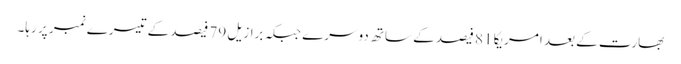
بھارت کے بعد امریکا 81 فیصد کے ساتھ دوسرے جبکہ برازیل 79 فیصد کے تیسرے نمبر پر رہا۔